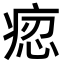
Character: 𤶝